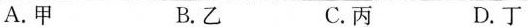
A.甲 B.乙 C.丙 D.丁